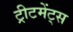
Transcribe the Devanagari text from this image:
ट्रीटमेंट्स